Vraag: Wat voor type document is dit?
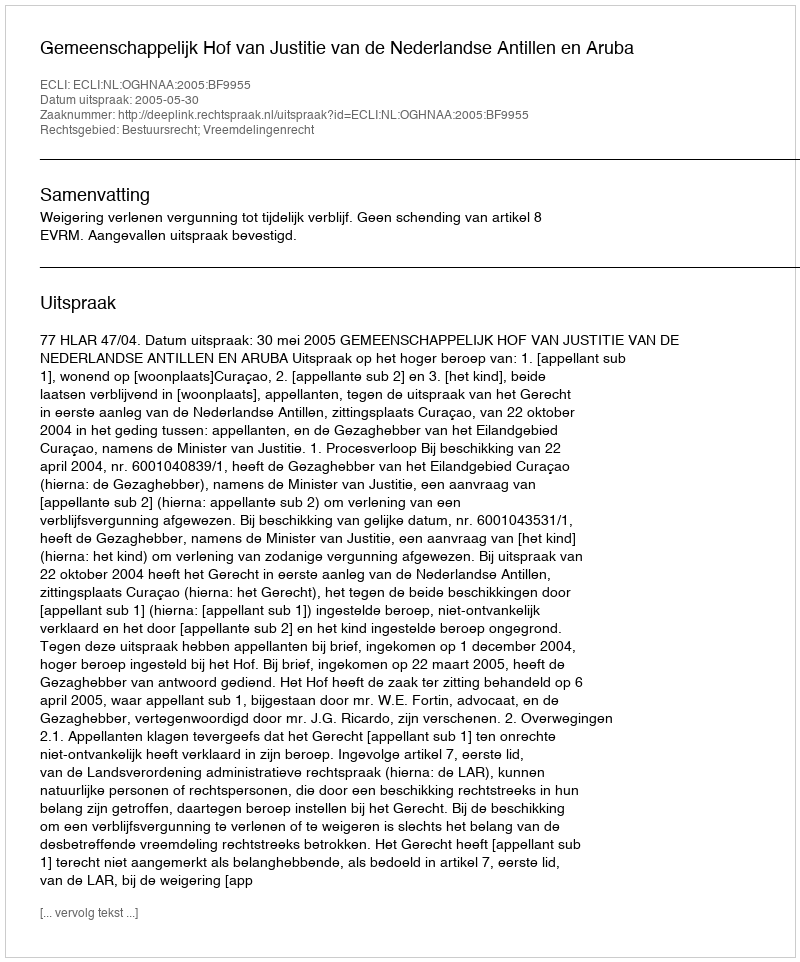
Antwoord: Uitspraak